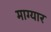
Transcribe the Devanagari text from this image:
माग्यार